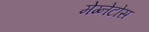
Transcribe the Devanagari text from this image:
मेग्नेटोस